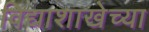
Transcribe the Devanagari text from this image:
विद्याशाखेच्या